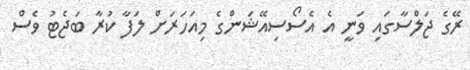
ރޭގެ ޖަލްސާގައި ވަނީ އެ އެސޯސިއޭޝަންގެ މިއަހަރަށް ލަފާ ކުރާ ބަޖެޓު ވެސް